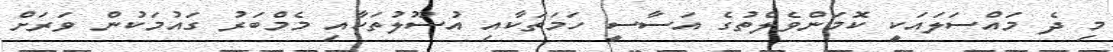
މި ދެ މައްސަލައަކީ ކޮމަންވެލްތުގެ އަސާސީ ހަމަތަކާއި އުސޫލުތަކާއި މެމްބަރު ގައުމަކުން ވަރަށް